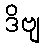
ဒိဗျ